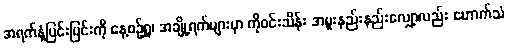
အရက်နံ့ပြင်းပြင်းကို နေ့စဉ်ရှူ၊ အချို့ရက်များမှာ ကိုဝင်းသိန်း အမူးနည်းနည်းလျှော့လည်း ဟောက်သံ